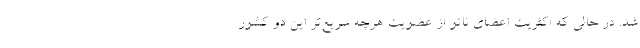
شد. در حالی که اکثریت اعضای ناتو از عضویت هرچه سریع‌تر این دو کشور